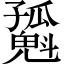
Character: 𡦶